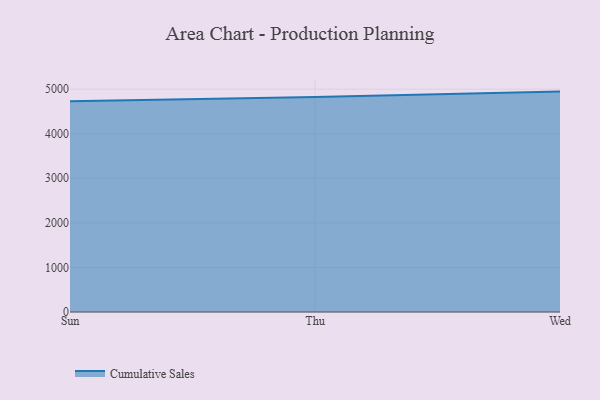
{"axis": {"x": "Day", "y": "Humidity (%)"}, "legend": ["Cumulative Sales"], "data": [{"x": "Sun", "y": 4726.7, "type": "Cumulative Sales"}, {"x": "Thu", "y": 4824.6, "type": "Cumulative Sales"}, {"x": "Wed", "y": 4945.2, "type": "Cumulative Sales"}]}